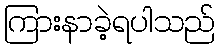
ကြားနာခဲ့ရပါသည်